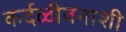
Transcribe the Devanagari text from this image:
कर्दळीवनाशी